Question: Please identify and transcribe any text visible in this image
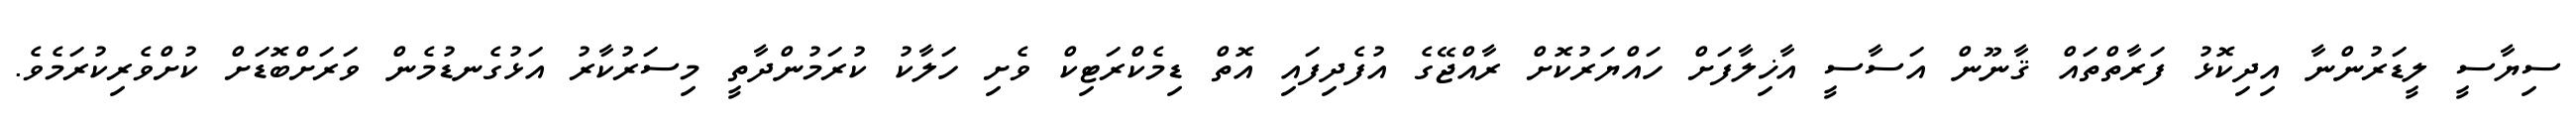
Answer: ސިޔާސީ ލީޑަރުންނާ އިދިކޮޅު ފަރާތްތައް ޤާނޫން އަސާސީ އާޚިލާފަށް ހައްޔަރުކޮށް ރާއްޖޭގެ އުފެދިފައި އޮތް ޑިމެކްރަޓިކް ވެށި ހަލާކު ކުރަމުންދާތީ މިސަރުކާރު އަޅުގެނޑުމެން ވަރަށްބޮޑަށް ކުށްވެރިކުރަމެވެ.